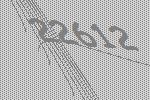
22612